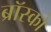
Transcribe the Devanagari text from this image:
ब्रॉस्को